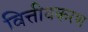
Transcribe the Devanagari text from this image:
वित्तीयकरण